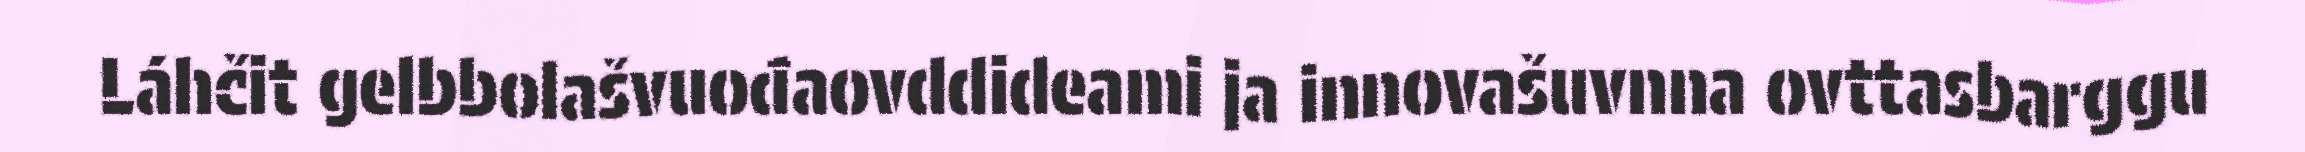
Láhčit gelbbolašvuođaovddideami ja innovašuvnna ovttasbarggu